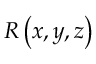
R \left( x , y , z \right)